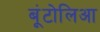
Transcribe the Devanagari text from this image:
बूंटोलिआ